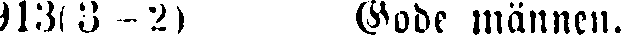
913(3 - 2) Gode männen.